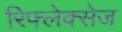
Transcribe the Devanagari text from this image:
रिफ्लेक्सेज